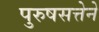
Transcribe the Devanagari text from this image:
पुरुषसत्तेने